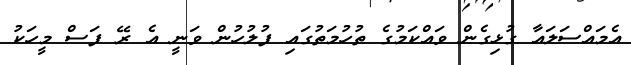
އެމައްސަލައާ ގުޅިގެން ވައްކަމުގެ ތުހުމަތުގައި ފުލުހުން ވަނީ އެ ރޭ ފަސް މީހަކު